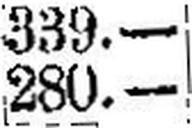
280.—